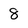
Character: 8